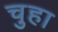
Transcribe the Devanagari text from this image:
चुहा